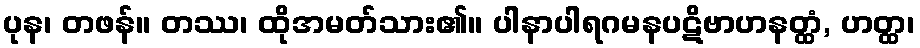
ပုန၊ တဖန်။ တဿ၊ ထိုအမတ်သား၏။ ပါနာပါရဂမနပဋိဗာဟနတ္ထံ, ဟတ္ထ၊